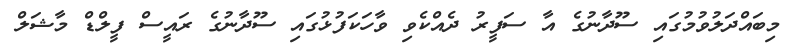
މިބައްދަލުވުމުގައި ސޫދާނުގެ އާ ސަފީރު ދެއްކެވި ވާހަކަފުޅުގައި ސޫދާނުގެ ރައީސް ފީލްޑް މާޝަލް